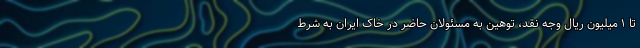
تا ۱ میلیون ریال وجه نقد، توهین به مسئولان حاضر در خاک ایران به شرط